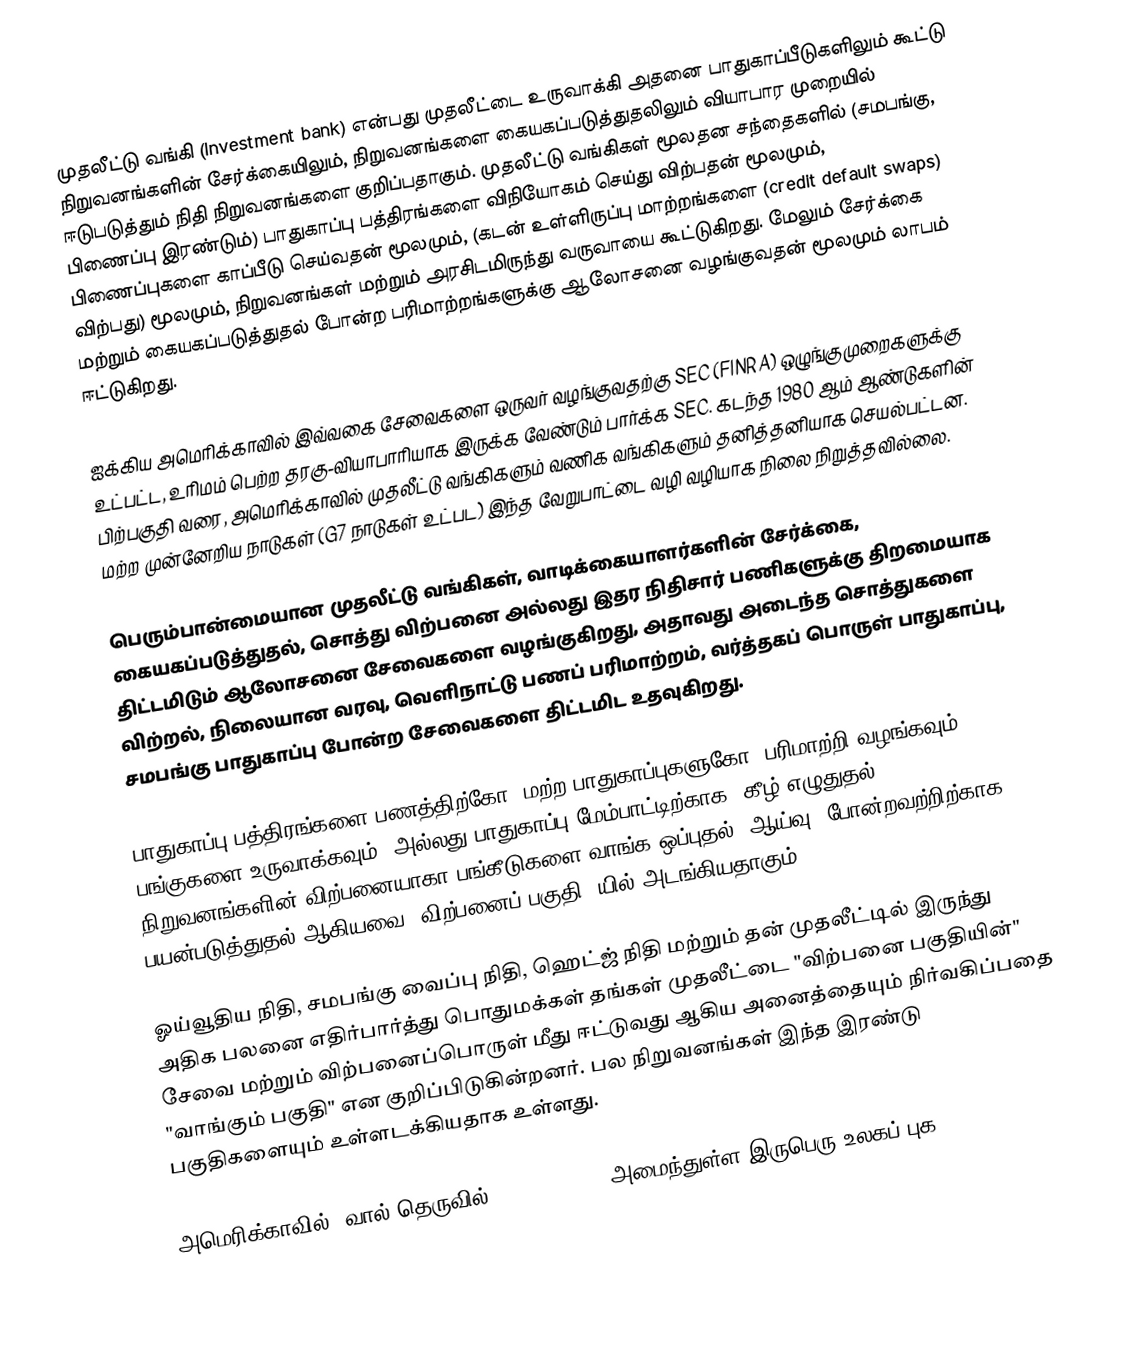
முதலீட்டு வங்கி (Investment bank) என்பது முதலீட்டை உருவாக்கி அதனை பாதுகாப்பீடுகளிலும் கூட்டு நிறுவனங்களின் சேர்க்கையிலும், நிறுவனங்களை கையகப்படுத்துதலிலும் வியாபார முறையில் ஈடுபடுத்தும் நிதி நிறுவனங்களை குறிப்பதாகும். முதலீட்டு வங்கிகள் மூலதன சந்தைகளில் (சமபங்கு, பிணைப்பு இரண்டும்) பாதுகாப்பு பத்திரங்களை விநியோகம் செய்து விற்பதன் மூலமும், பிணைப்புகளை காப்பீடு செய்வதன் மூலமும், (கடன் உள்ளிருப்பு மாற்றங்களை (credit default swaps) விற்பது) மூலமும், நிறுவனங்கள் மற்றும் அரசிடமிருந்து வருவாயை கூட்டுகிறது. மேலும் சேர்க்கை மற்றும் கையகப்படுத்துதல் போன்ற பரிமாற்றங்களுக்கு ஆலோசனை வழங்குவதன் மூலமும் லாபம் ஈட்டுகிறது.

ஐக்கிய அமெரிக்காவில் இவ்வகை சேவைகளை ஒருவர் வழங்குவதற்கு SEC (FINRA) ஒழுங்குமுறைகளுக்கு உட்பட்ட, உரிமம் பெற்ற தரகு-வியாபாரியாக இருக்க வேண்டும் பார்க்க SEC. கடந்த 1980 ஆம் ஆண்டுகளின் பிற்பகுதி வரை, அமெரிக்காவில் முதலீட்டு வங்கிகளும் வணிக வங்கிகளும் தனித்தனியாக செயல்பட்டன. மற்ற முன்னேறிய நாடுகள் (G7 நாடுகள் உட்பட) இந்த வேறுபாட்டை வழி வழியாக நிலை நிறுத்தவில்லை.

பெரும்பான்மையான முதலீட்டு வங்கிகள், வாடிக்கையாளர்களின் சேர்க்கை, கையகப்படுத்துதல், சொத்து விற்பனை அல்லது இதர நிதிசார் பணிகளுக்கு திறமையாக திட்டமிடும் ஆலோசனை சேவைகளை வழங்குகிறது, அதாவது அடைந்த சொத்துகளை விற்றல், நிலையான வரவு, வெளிநாட்டு பணப் பரிமாற்றம், வர்த்தகப் பொருள் பாதுகாப்பு, சமபங்கு பாதுகாப்பு போன்ற சேவைகளை திட்டமிட உதவுகிறது.

பாதுகாப்பு பத்திரங்களை பணத்திற்கோ, மற்ற பாதுகாப்புகளுகோ (பரிமாற்றி வழங்கவும், பங்குகளை உருவாக்கவும்) அல்லது பாதுகாப்பு மேம்பாட்டிற்காக (கீழ் எழுதுதல், நிறுவனங்களின் விற்பனையாகா பங்கீடுகளை வாங்க ஒப்புதல், ஆய்வு, போன்றவற்றிற்காக) பயன்படுத்துதல் ஆகியவை "விற்பனைப் பகுதி" யில் அடங்கியதாகும்.

ஓய்வூதிய நிதி, சமபங்கு வைப்பு நிதி, ஹெட்ஜ் நிதி மற்றும் தன் முதலீட்டில் இருந்து அதிக பலனை எதிர்பார்த்து பொதுமக்கள் தங்கள் முதலீட்டை "விற்பனை பகுதியின்" சேவை மற்றும் விற்பனைப்பொருள் மீது ஈட்டுவது ஆகிய அனைத்தையும் நிர்வகிப்பதை "வாங்கும் பகுதி" என குறிப்பிடுகின்றனர். பல நிறுவனங்கள் இந்த இரண்டு பகுதிகளையும் உள்ளடக்கியதாக உள்ளது.

அமெரிக்காவில், வால் தெருவில் (Wall Street) அமைந்துள்ள இருபெரு உலகப் புக